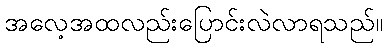
အလေ့အထလည်းပြောင်းလဲလာရသည်။